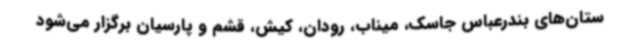
ستان‌های بندرعباس جاسک، میناب، رودان، کیش، قشم و پارسیان برگزار می‌شود